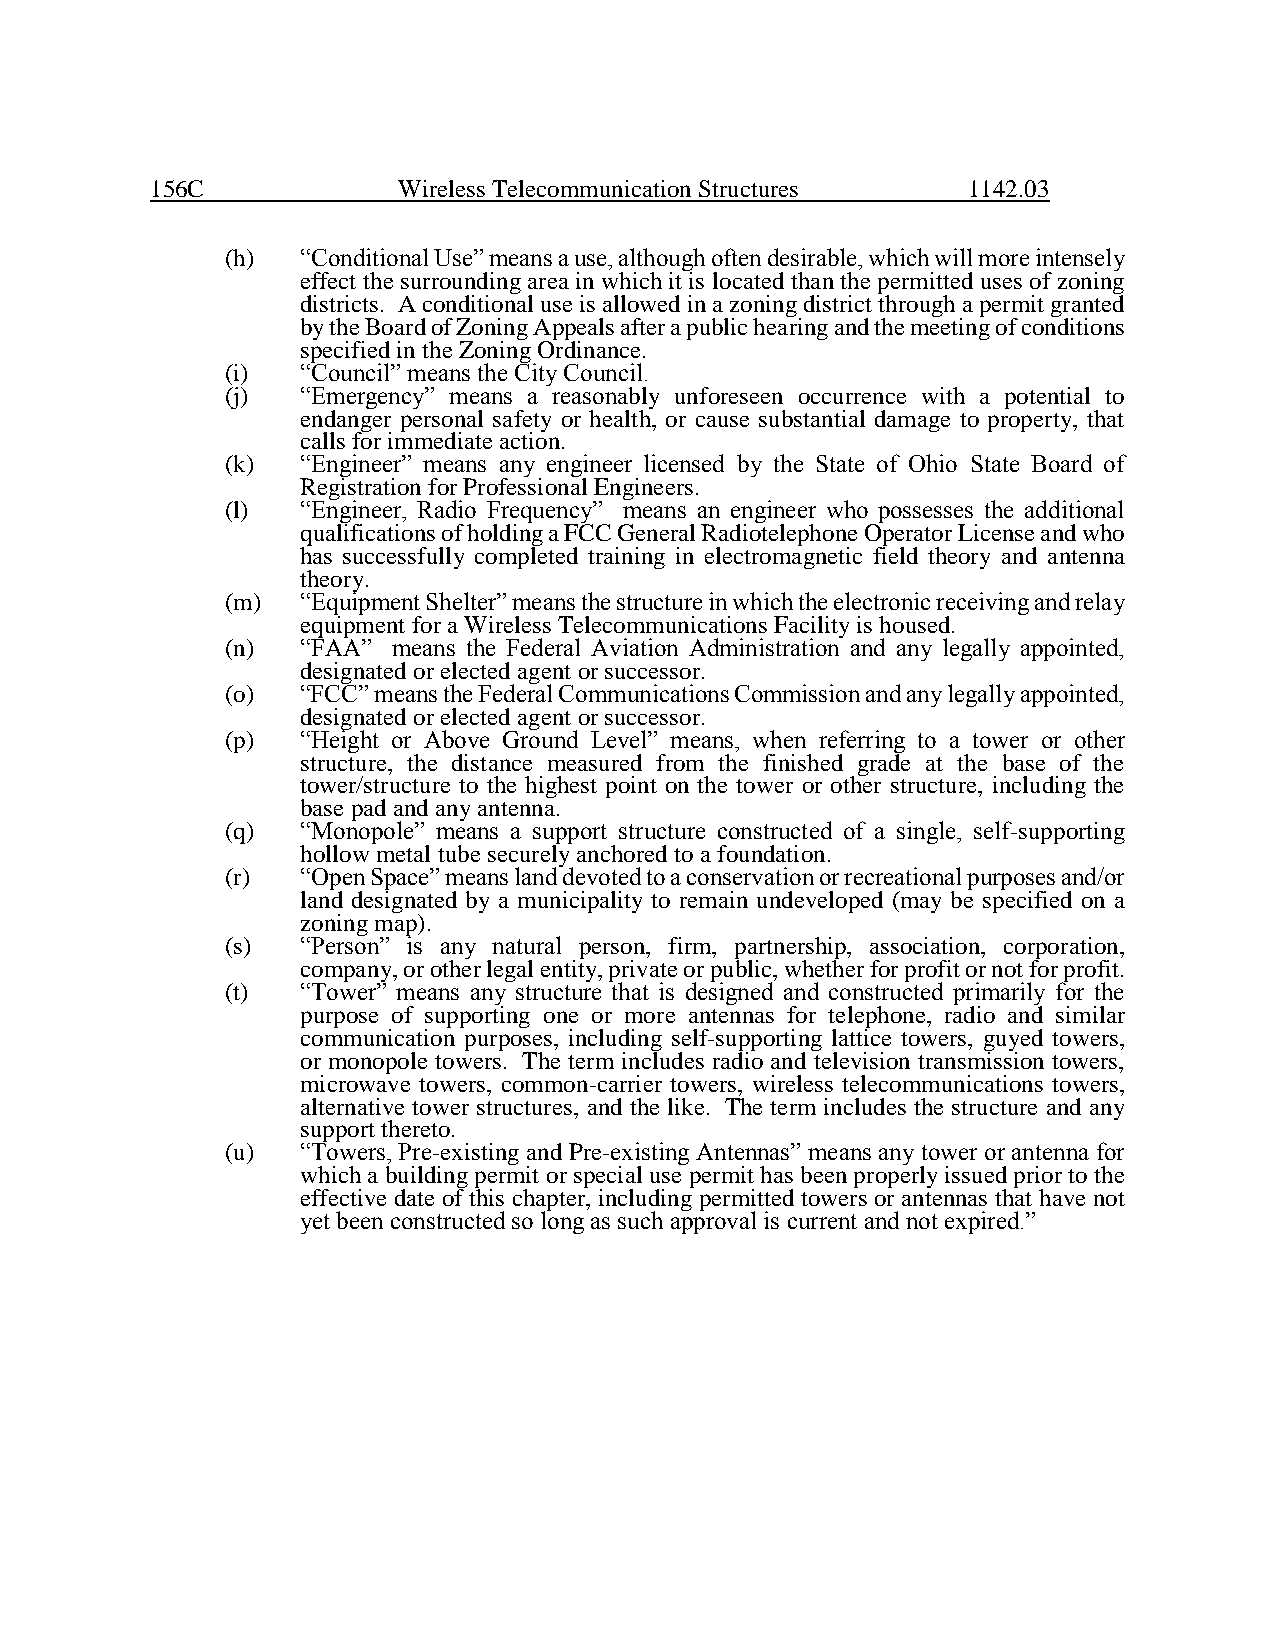
156C            Wireless Telecommunication Structures 1142.03
 (h)  “Conditional Use” means a use, although often desirable, which will more intensely
 effect the surrounding area in which it is located than the permitted uses of zoning
 districts. A conditional use is allowed in a zoning district through a permit granted
 by the Board of Zoning Appeals after a public hearing and the meeting of conditions
 specified in the Zoning Ordinance.
 (i)  “Council” means the City Council.
 (j)  “Emergency” means a reasonably unforeseen occurrence with a potential to
 endanger personal safety or health, or cause substantial damage to property, that
 calls for immediate action.
 (k)  “Engineer” means any engineer licensed by the State of Ohio State Board of
 Registration for Professional Engineers.
 (l)  “Engineer, Radio Frequency” means an engineer who possesses the additional
 qualifications of holding a FCC General Radiotelephone Operator License and who
 has successfully completed training in electromagnetic field theory and antenna
 theory.
 (m)  “Equipment Shelter” means the structure in which the electronic receiving and relay
 equipment for a Wireless Telecommunications Facility is housed.
 (n)  “FAA” means the Federal Aviation Administration and any legally appointed,
 designated or elected agent or successor.
 (o)  “FCC” means the Federal Communications Commission and any legally appointed,
 designated or elected agent or successor.
 (p)  “Height or Above Ground Level” means, when referring to a tower or other
 structure, the distance measured from the finished grade at the base of the
 tower/structure to the highest point on the tower or other structure, including the
 base pad and any antenna.
 (q)  “Monopole” means a support structure constructed of a single, self-supporting
 hollow metal tube securely anchored to a foundation.
 (r)  “Open Space” means land devoted to a conservation or recreational purposes and/or
 land designated by a municipality to remain undeveloped (may be specified on a
 zoning map).
 (s)  “Person” is any natural person, firm, partnership, association, corporation,
 company, or other legal entity, private or public, whether for profit or not for profit.
 (t)  “Tower” means any structure that is designed and constructed primarily for the
 purpose of supporting one or more antennas for telephone, radio and similar
 communication purposes, including self-supporting lattice towers, guyed towers,
 or monopole towers. The term includes radio and television transmission towers,
 microwave towers, common-carrier towers, wireless telecommunications towers,
 alternative tower structures, and the like. The term includes the structure and any
 support thereto.
 (u)  “Towers, Pre-existing and Pre-existing Antennas” means any tower or antenna for
 which a building permit or special use permit has been properly issued prior to the
 effective date of this chapter, including permitted towers or antennas that have not
 yet been constructed so long as such approval is current and not expired.”